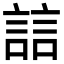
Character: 誩